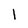
Character: l